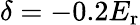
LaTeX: \delta=-0.2E_{\mathrm{{r}}}